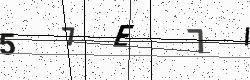
Text: 57E7I